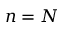
n = N